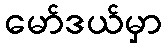
မော်ဒယ်မှာ